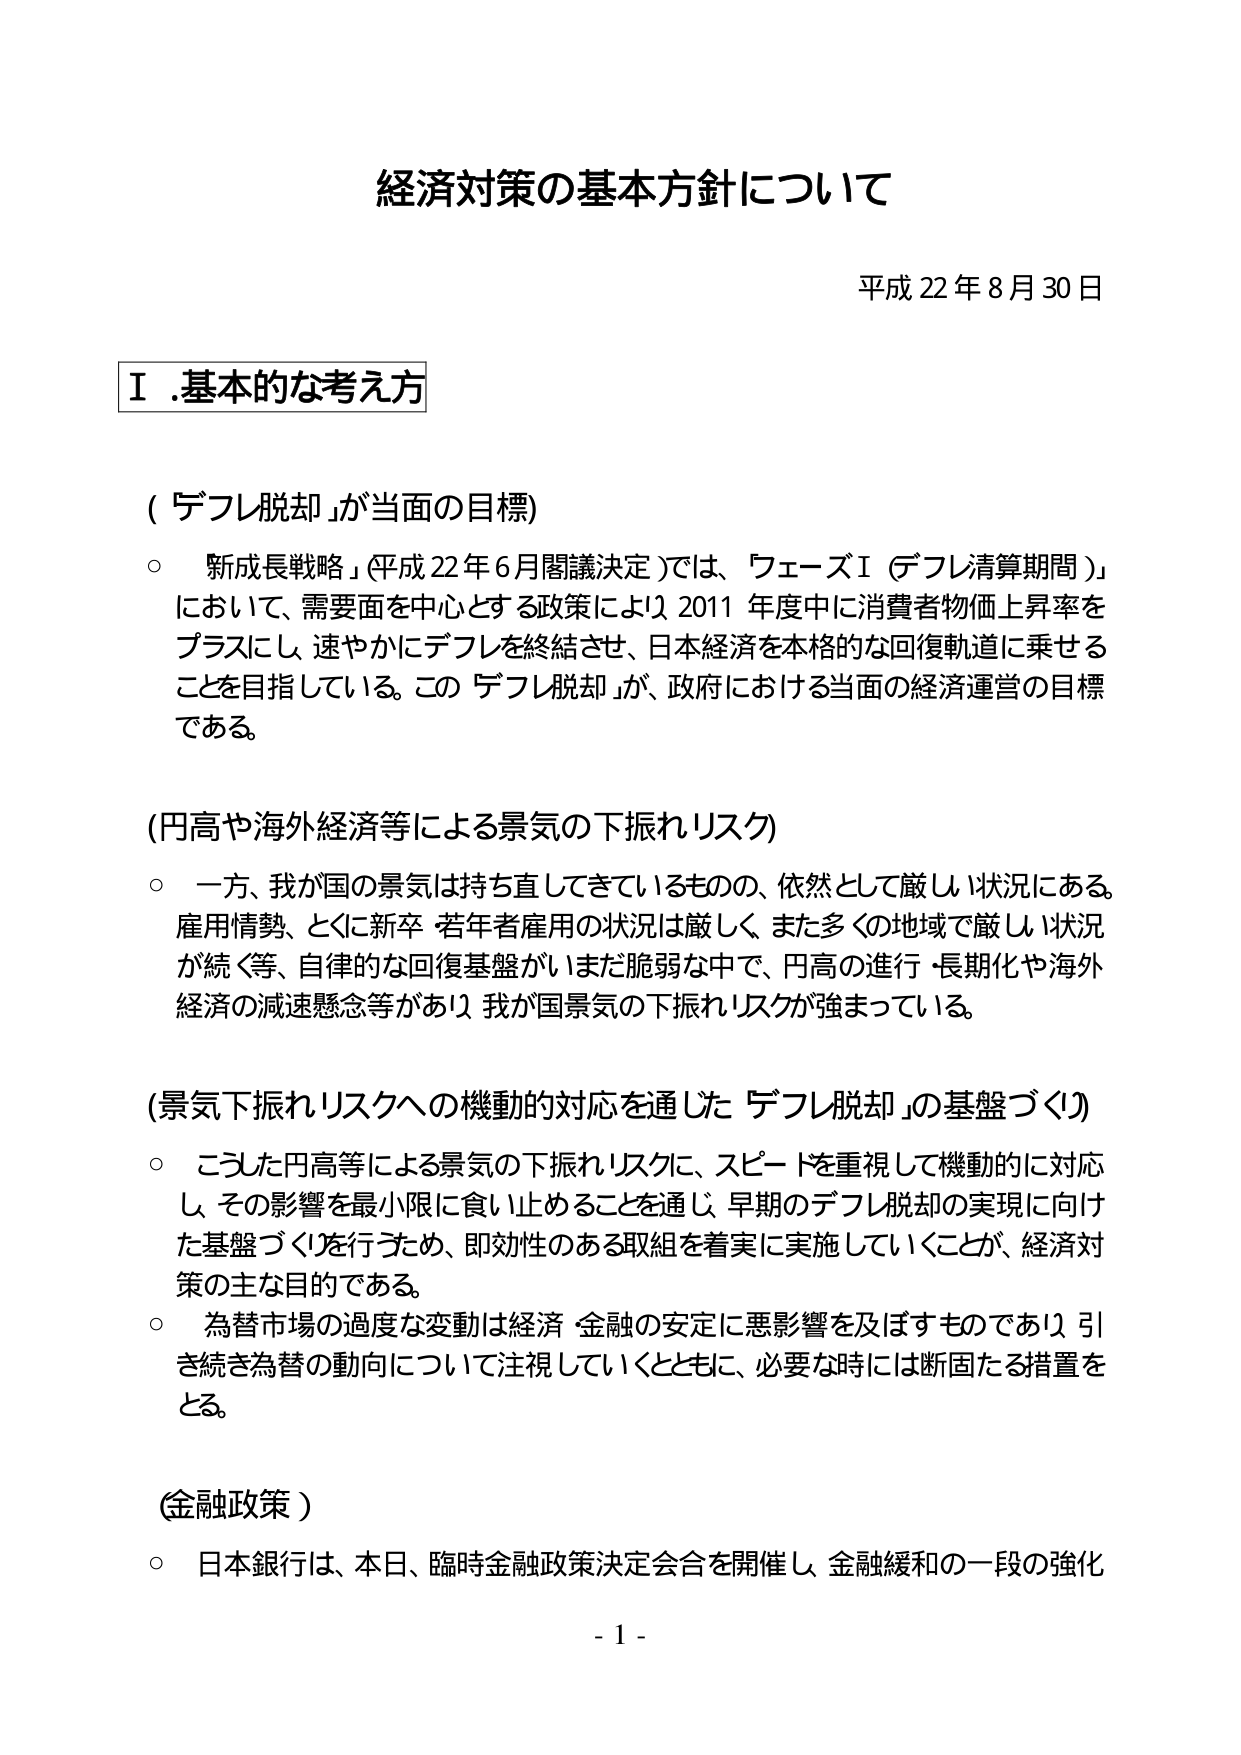
経済対策の基本方針について

平成22年8月30日

Ⅰ.基本的な考え方

（「デフレ脱却」が当面の目標）

○「新成長戦略」（平成22年6月閣議決定）では、「フェーズⅠ（デフレ清算期間）」において、需要面を中心とする政策により2011年度中に消費者物価上昇率をプラスにし、速やかにデフレを終結させ、日本経済を本格的な回復軌道に乗せることを目指している。この「デフレ脱却」が、政府における当面の経済運営の目標である。

（円高や海外経済等による景気の下振れリスク）

○一方、我が国の景気は持ち直してきているものの、依然として厳しい状況にある。雇用情勢、とくに新卒・若年者雇用の状況は厳しく、また多くの地域で厳しい状況が続く等、自律的な回復基盤がいまだ脆弱な中で、円高の進行・長期化や海外経済の減速懸念等があり、我が国景気の下振れリスクが強まっている。

（景気下振れリスクへの機動的対応を通じた「デフレ脱却」の基盤づくり）

○こうした円高等による景気の下振れリスクに、スピードを重視して機動的に対応し、その影響を最小限に食い止めることを通じ、早期のデフレ脱却の実現に向けた基盤づくりを行うため、即効性のある取組を着実に実施していくことが、経済対策の主な目的である。

○為替市場の過度な変動は経済・金融の安定に悪影響を及ぼすものであり、引き続き為替の動向について注視していくとともに、必要な時には断固たる措置をとる。

（金融政策）

○日本銀行は、本日、臨時金融政策決定会合を開催し、金融緩和の一段の強化

- 1 -